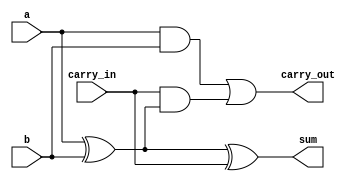
module full_adder (
    input a, 
    input b, 
    input carry_in, 
    output sum, 
    output carry_out
);
    assign sum = a ^ b ^ carry_in;           // Sum calculation
    assign carry_out = (a & b) | (carry_in & (a ^ b)); // Carry calculation
endmodule